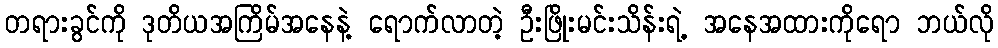
တရားခွင်ကို ဒုတိယအကြိမ်အနေနဲ့ ရောက်လာတဲ့ ဦးဖြိုးမင်းသိန်းရဲ့ အနေအထားကိုရော ဘယ်လို